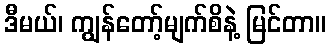
ဒီမယ်၊ ကျွန်တော့်မျက်စိနဲ့ မြင်တာ။